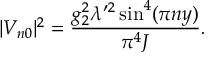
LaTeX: | M _ { \pi } ^ { 2 } | = | M _ { \varphi } ^ { 2 } | = \Lambda ^ { 2 } \left( \frac { 4 - D } { 2 \lambda _ { D } } \right) ^ { \frac { 2 } { D - 2 } } \left( \frac { g _ { \mathrm { c r } } - g } { g _ { \mathrm { c r } } g } \right) ^ { \frac { 2 } { D - 2 } } \ .